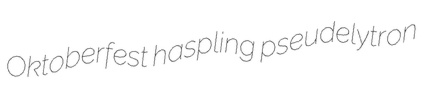
Oktoberfest haspling pseudelytron